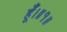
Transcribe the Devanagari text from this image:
हूँ।॥१॥